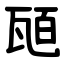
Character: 瓸